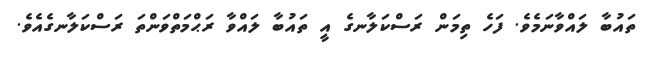
ތައުބާ ލައްވާނަމެވެ. ފަހެ ތިމަން ރަސްކަލާނގެ އީ ތައުބާ ލައްވާ ރަޙްމަތްވަންތަ ރަސްކަލާނގެއެވެ.